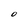
Character: O